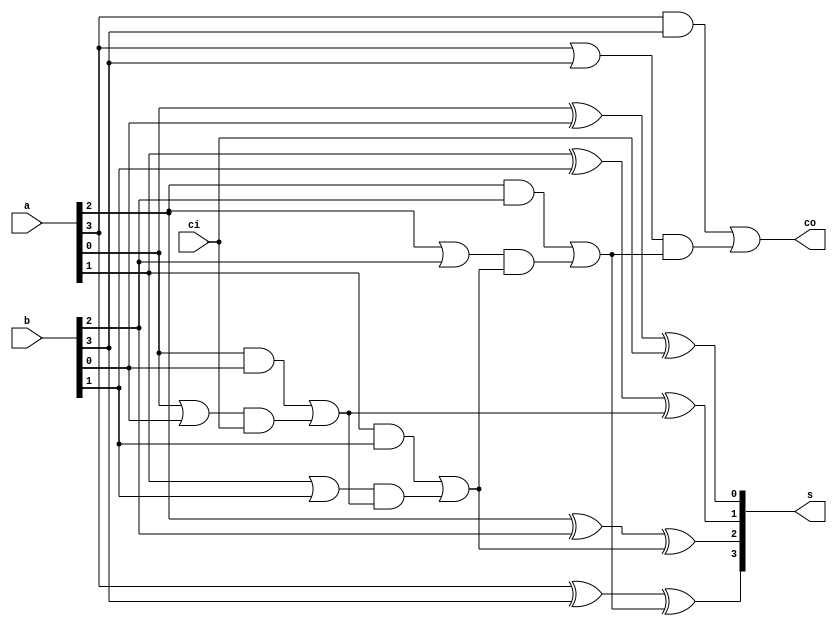

`timescale 1ns/1ns

module cla_n(a, b, ci, s, co);
parameter n = 4; // Default
input [n-1:0] a, b;
input ci;
output [n-1:0] s;
output co;
wire [n-1:0] g;
wire [n-1:0] p;
wire [n:0] c;
assign c[0] = ci;
assign co = c[n];
genvar i; /* i - generate index variable */
generate
for (i=0; i<n; i=i+1) begin: addbit
assign s[i] = a[i] ^ b[i] ^ c[i];
assign g[i] = a[i] & b[i];
assign p[i] = a[i] | b[i];
assign c[i+1] = g[i] | (p[i] & c[i]);
end
endgenerate
endmodule